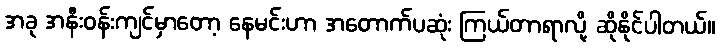
အခု အနီးဝန်းကျင်မှာတော့ နေမင်းဟာ အတောက်ပဆုံး ကြယ်တာရာလို့ ဆိုနိုင်ပါတယ်။